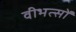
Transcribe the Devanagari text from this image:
वीभत्सों